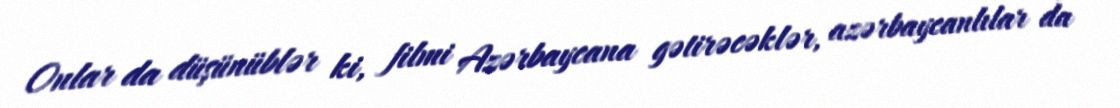
Onlar da düşünüblər ki, filmi Azərbaycana gətirəcəklər, azərbaycanlılar da